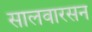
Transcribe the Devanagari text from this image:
सालवारसन